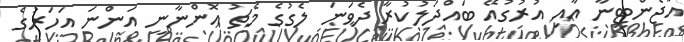
އާޖެންޓީނާ އާއި އުރުގުއޭ ބައްދަލުކުރާ ދެވަނަ ލެގުގެ މެޗު އޮންނާނީ އަންނަ އަހަރުގެ